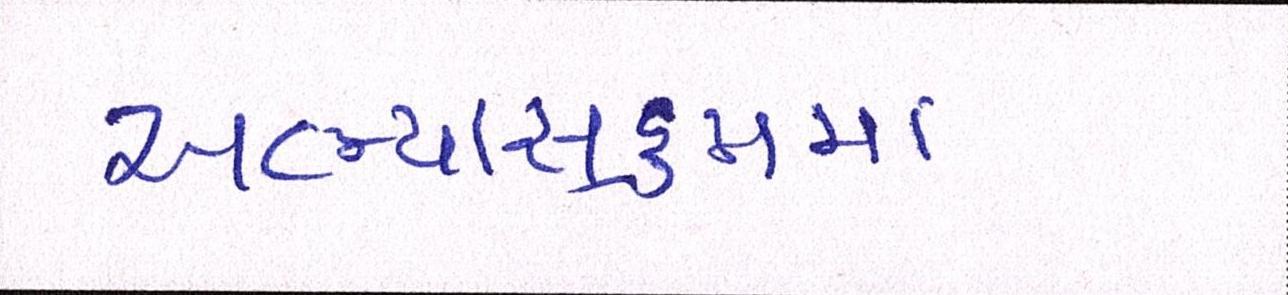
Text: અભ્યાસક્રમમાં